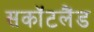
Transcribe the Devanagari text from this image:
सकॉटलैंड